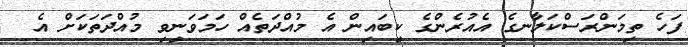
ފަހެ ތިމަންރަސްކަލާނގެ އެއުރެންގެ ކިބައިން އެ މުއްދަތެއް ހަމަވަނިވި މުއްދަތަކަށް އެ